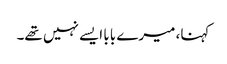
کہنا، میرے بابا ایسے نہیں تھے۔